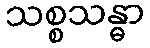
သစ္စသန္ဓာ